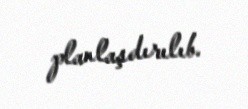
planlaşdırılıb.